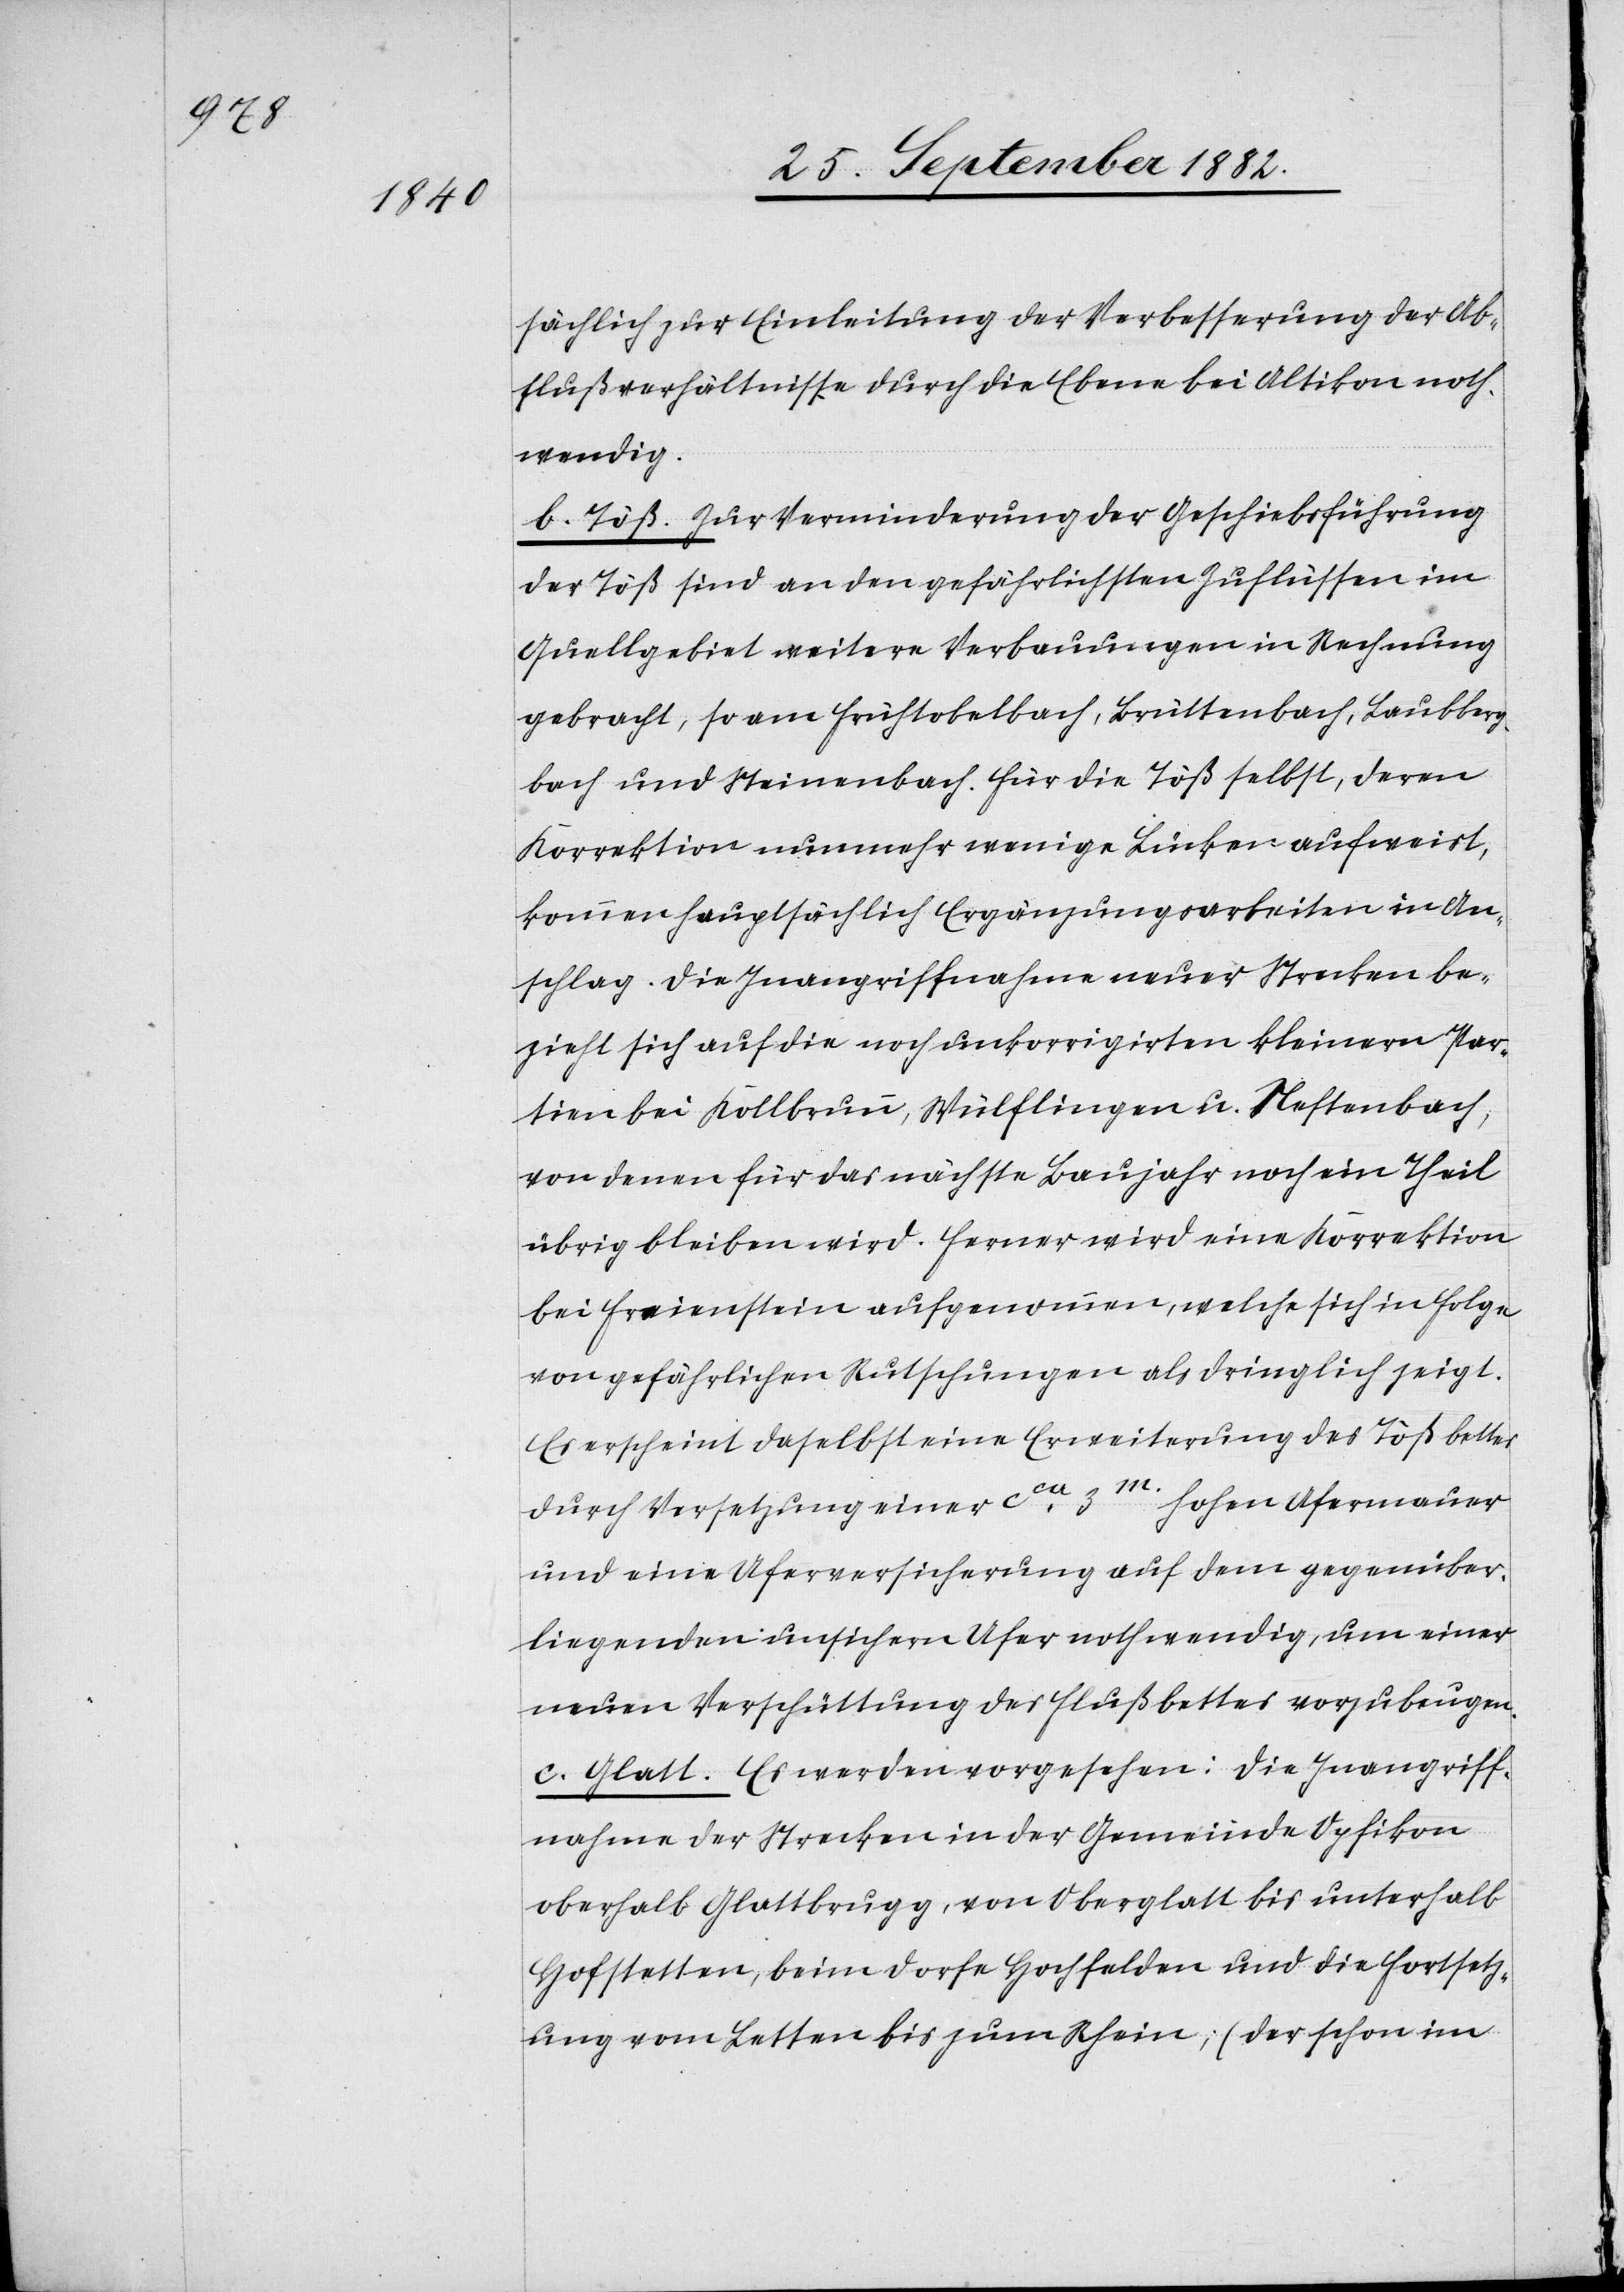
sächlich zur Einleitung der Verbesserung der Ab¬
flußverhältnisse durch die Ebene bei Altikon noth¬
wendig.
b. Töß. Zur Verminderung der Geschiebführung
der Töß sind an den gefährlichsten Zuflüssen im
Quellgebiet weitere Verbauungen in Rechnung
gebracht, so am Frühtobelbach, Brüttenbach, Laubberg¬
bach und Steinenbach. Für die Töß selbst, deren
Korrektion nunmehr wenige Lücken aufweist,
kommen hauptsächlich Ergänzungsarbeiten in An¬
schlag. Die Inangriffnahme neuer Strecken be¬
zeiht sich auf die noch unkorrigirten kleinern Par¬
tien bei Kollbrunn, Wülflingen u. Neftenbach,
von denen für das nächste Baujahr noch ein Theil
übrig bleiben wird. Ferner wird eine Korrektion
bei Freienstein aufgenommen, welche sich in Folge
von gefährlichen Rutschungen als dringlich zeigt.
Es erscheint daselbst eine Erweiterung des Tößbettes
durch Versetzung einer ca 3m. hohen Ufermauer
und eine Uferversicherung auf dem gegenüber¬
liegenden unsichern Ufer nothwendig, um einer
neuen Verschüttung des Flußbettes vorzubeugen.
c. Glatt. Es werden vorgesehen: Die Inangriff¬
nahme der Strecken in der Gemeinde Opfikon
oberhalb Glattbrugg, von Oberglatt bis unterhalb
Hofstetten, beim Dorfe Hochfelden und die Fortsetz¬
ung vom Letten bis zum Rhein; (der schon im